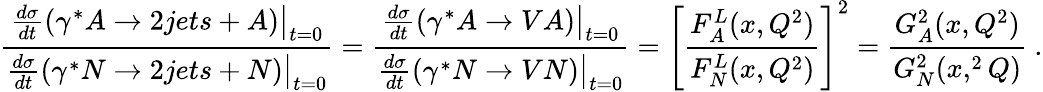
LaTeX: {\frac{{\frac{d\sigma}{dt}}(\gamma^{*}A\to 2jets+A)\big\vert_{t=0}}{{\frac{d\sigma}{dt}}(\gamma^{*}N\to 2jets+N)\big\vert_{t=0}}}={\frac{{\frac{d\sigma}{dt}}(\gamma^{*}A\to VA)\big\vert_{t=0}}{{\frac{d\sigma}{dt}}(\gamma^{*}N\to VN)\big\vert_{t=0}}}=\left[{\frac{F_{A}^{L}(x,Q^{2})}{F_{N}^{L}(x,Q^{2})}}\right]^{2}={\frac{G_{A}^{2}(x,Q^{2})}{G_{N}^{2}(x,^{2}Q)}}\ .